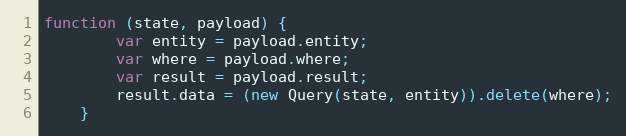
Language: JavaScript
function (state, payload) {
        var entity = payload.entity;
        var where = payload.where;
        var result = payload.result;
        result.data = (new Query(state, entity)).delete(where);
    }